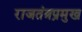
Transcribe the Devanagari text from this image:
राजतंत्रप्रमुख